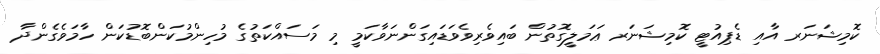
ކޮމިޝަނަރ އާއި ޑެޕިއުޓީ ކޮމިޝަނަރ ޢަމަލީގޮތުން ބައިވެރިވެވަޑައިގަންނަވާކަމީ މި މަސައްކަތުގެ މުހިންމުކަންބޮޑުކަން ހާމަވެގެންދާ